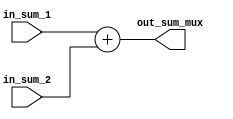
`timescale 1ns / 1ps
//////////////////////////////////////////////////////////////////////////////////
// Company: 
// Engineer: 
// 
// Design Name: 
// Module Name: Sumador
// Project Name: 
// Target Devices: 
// Tool Versions: 
// Description: 
// 
// Dependencies: 
// 
// Revision:
// Revision 0.01 - File Created
// Additional Comments:
// 
//////////////////////////////////////////////////////////////////////////////////


module Sumador#(
        
        parameter    N_BITS = 32
    )
    (
        input   wire    [N_BITS - 1 : 0]    in_sum_1,
        input   wire    [N_BITS - 1 : 0]    in_sum_2,
        
        //Output
        output   wire    [N_BITS - 1 : 0]    out_sum_mux
    );
    
    assign out_sum_mux = in_sum_1 + in_sum_2;
    
endmodule